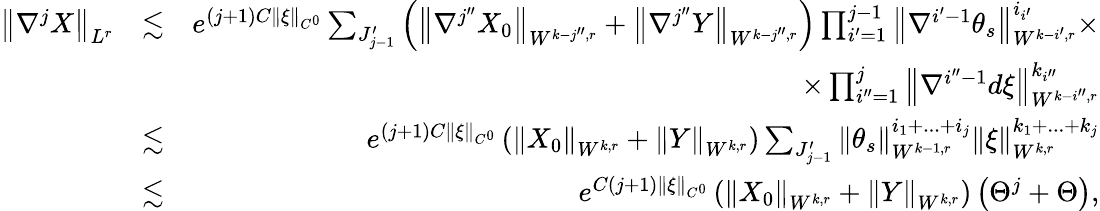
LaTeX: \begin{array}{rlr}{\left\Vert\nabla^{j}X\right\Vert_{L^{r}}}&{\lesssim}&{e^{\left(j+1\right)C\left\Vert\xi\right\Vert_{C^{0}}}\sum_{J_{j-1}^{\prime}}\left(\left\Vert\nabla^{j^{\prime\prime}}X_{0}\right\Vert_{W^{k-j^{\prime\prime},r}}+\left\Vert\nabla^{j^{\prime\prime}}Y\right\Vert_{W^{k-j^{\prime\prime},r}}\right)\prod_{i^{\prime}=1}^{j-1}\left\Vert\nabla^{i^{\prime}-1}\theta_{s}\right\Vert_{W^{k-i^{\prime},r}}^{i_{i^{\prime}}}\times}\\ &{}&{\times\prod_{i^{\prime\prime}=1}^{j}\left\Vert\nabla^{i^{\prime\prime}-1}d\xi\right\Vert_{W^{k-i^{\prime\prime},r}}^{k_{i^{\prime\prime}}}}\\ &{\lesssim}&{e^{\left(j+1\right)C\left\Vert\xi\right\Vert_{C^{0}}}\left(\left\Vert X_{0}\right\Vert_{W^{k,r}}+\left\Vert Y\right\Vert_{W^{k,r}}\right)\sum_{J_{j-1}^{\prime}}\left\Vert\theta_{s}\right\Vert_{W^{k-1,r}}^{i_{1}+...+i_{j}}\left\Vert\xi\right\Vert_{W^{k,r}}^{k_{1}+...+k_{j}}}\\ &{\lesssim}&{e^{C\left(j+1\right)\left\Vert\xi\right\Vert_{C^{0}}}\left(\left\Vert X_{0}\right\Vert_{W^{k,r}}+\left\Vert Y\right\Vert_{W^{k,r}}\right)\left(\Theta^{j}+\Theta\right),}\end{array}